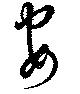
安